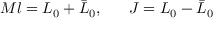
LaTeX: M l = L _ { 0 } + \bar { L } _ { 0 } , \ \ \ \ \ J = L _ { 0 } - \bar { L } _ { 0 }